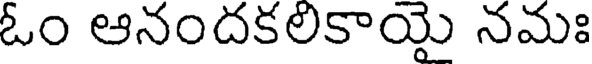
ఓం ఆనందకలికాయై నమః